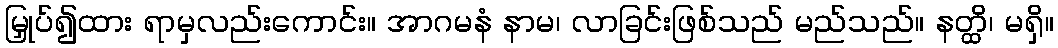
မြှုပ်၍ထား ရာမှလည်းကောင်း။ အာဂမနံ နာမ၊ လာခြင်းဖြစ်သည် မည်သည်။ နတ္ထိ၊ မရှိ။